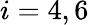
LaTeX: i=4,6